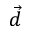
\vec { d }